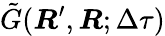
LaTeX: \tilde{G}(\boldsymbol{R}^{\prime},\boldsymbol{R};\Delta\tau)